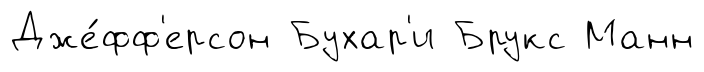
Дже́фф'ерсон Бухар'и Брукс Манн